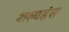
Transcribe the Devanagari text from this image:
शल्यहंस